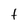
Character: t